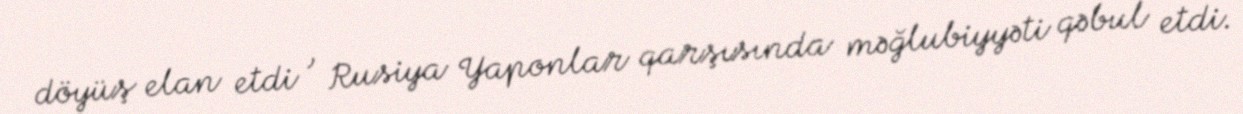
döyüş elan etdi , Rusiya Yaponlar qarşısında məğlubiyyəti qəbul etdi.